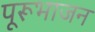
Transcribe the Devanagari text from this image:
पूरूभाजन